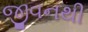
જીવનથી